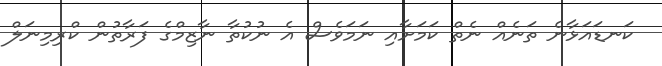
ކަނޑައަޅާނެ ތަނެއް ނެތް ކަމަށާއި ނަމަވެސް އެ ނުކުތާ ނާޒިމްގެ ފަރާތުން ކްރިމިނަލް